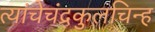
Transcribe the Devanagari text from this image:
त्यांचेचंद्रकुलचिन्ह